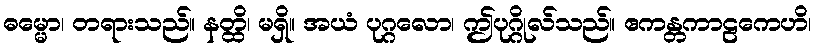
ဓမ္မော၊ တရားသည်။ နတ္ထိ၊ မရှိ။ အယံ ပုဂ္ဂလော၊ ဤပုဂ္ဂိုလ်သည်။ ဧကန္တကာဠကေဟိ၊